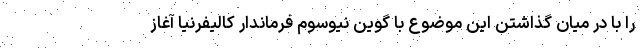
را با در میان گذاشتن این موضوع با گوین نیوسوم فرماندار کالیفرنیا آغاز